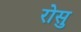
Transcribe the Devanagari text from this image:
रोसु